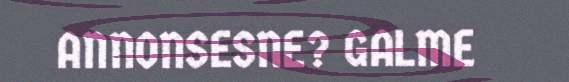
ANNONSESNE? GALME